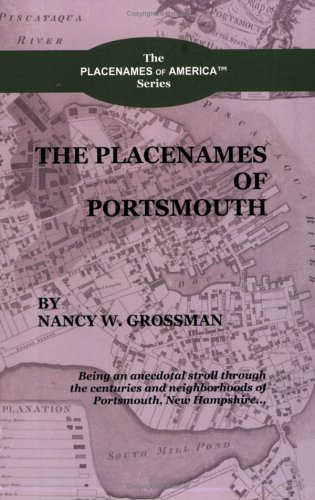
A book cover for The Placenames of Portsmouth (The Placenames of America); Nancy W Grossman; Travel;